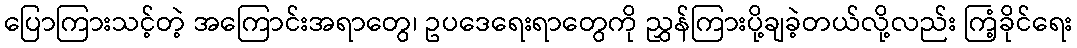
ပြောကြားသင့်တဲ့ အကြောင်းအရာတွေ၊ ဥပဒေရေးရာတွေကို ညွှန်ကြားပို့ချခဲ့တယ်လို့လည်း ကြံ့ခိုင်ရေး